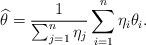
LaTeX: \begin{align*} \widehat{\theta} = \frac{1}{\sum_{j = 1}^n \eta_j} \sum_{i = 1}^n \eta_i \theta_i. \end{align*}